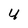
Character: 4